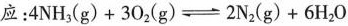
应:$$4 N H _ { 3 } ( g ) + 3 O _ { 2 } ( g ) \rightleftharpoons 2 N _ { 2 } ( g ) + 6 H _ { 2 } O